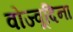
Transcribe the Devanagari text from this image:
वोज्वूदिना